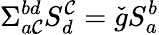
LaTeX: \Sigma_{a\mathcal{C}}^{bd}S_{d}^{\mathcal{C}}=\check{{g}}S_{a}^{b}